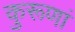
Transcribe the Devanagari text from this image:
कुरूणां